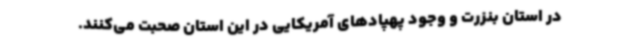
در استان بنزرت و وجود پهپادهای آمریکایی در این استان صحبت می‌کنند.